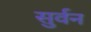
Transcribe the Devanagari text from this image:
सुर्वन